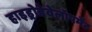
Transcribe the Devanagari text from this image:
हाइड्रोडेवेलॉपमेंट